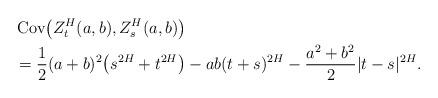
LaTeX: \begin{align*}&\operatorname{Cov} \bigl(Z_t^H(a,b), Z_s^H(a,b) \bigr)\\&= \frac{1}{2}(a+b)^2 \bigl( s ^{2H} + t^{2H} \bigr) - ab ( t+ s ) ^{2H} - \frac{a^2 + b^2}{2} | t- s|^{2H} .\end{align*}